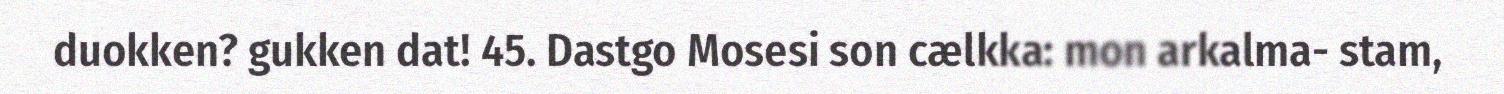
duokken? gukken dat! 45. Dastgo Mosesi son cælkka: mon arkalma- stam,